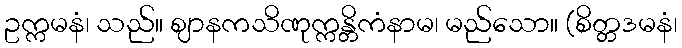
ဥက္ကမနံ၊ သည်။ ဈာနကသိဏုက္ကန္တိကံနာမ၊ မည်သော။ (စိတ္တဒမနံ၊